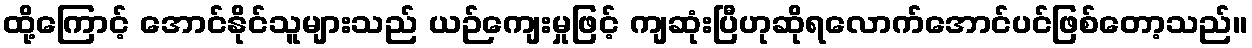
ထို့ကြောင့် အောင်နိုင်သူများသည် ယဉ်ကျေးမှုဖြင့် ကျဆုံးပြီဟုဆိုရလောက်အောင်ပင်ဖြစ်တော့သည်။